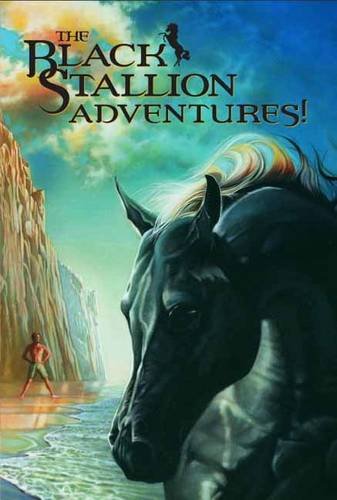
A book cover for The Black Stallion Adventures! (Box Set); Walter Farley; Children's Books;